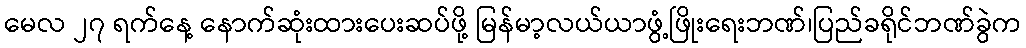
မေလ ၂၇ ရက်နေ့ နောက်ဆုံးထားပေးဆပ်ဖို့ မြန်မာ့လယ်ယာဖွံ့ဖြိုးရေးဘဏ်၊ပြည်ခရိုင်ဘဏ်ခွဲက